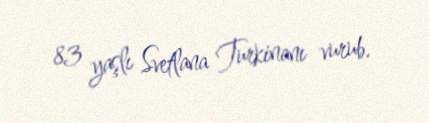
83 yaşlı Svetlana Turkinanı vurub.